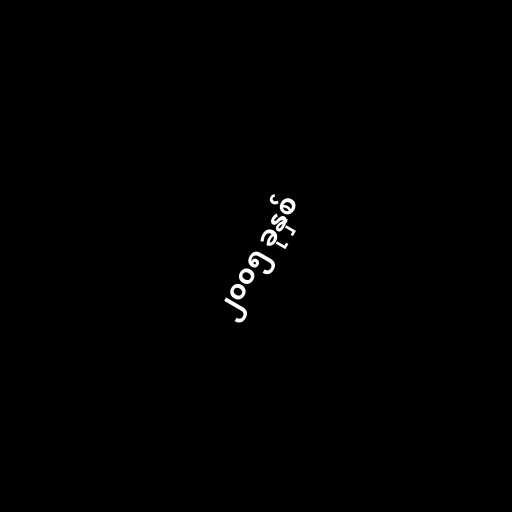
၂၀၀၅ ခုနှစ်